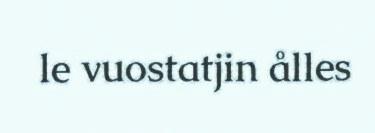
le vuostatjin ålles